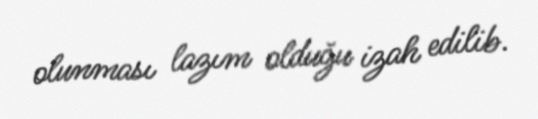
olunması lazım olduğu izah edilib.